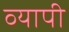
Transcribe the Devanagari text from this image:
व्‍यापी